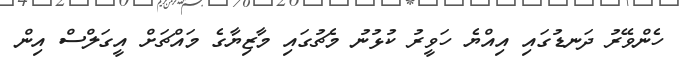
ހެންވޭރު ދަނޑުގައި އިއްޔެ ހަވީރު ކުޅުނު މެޗުގައި މާޒިޔާގެ މައްޗަށް އީގަލްސް އިން